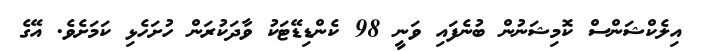
އިލެކްޝަންސް ކޮމިޝަނުން ބުނެފައި ވަނީ 98 ކެންޑިޑޭޓަކު ވާދަކުރަން ހުށަހެޅި ކަމަށެވެ. އޭގެ